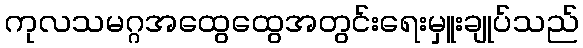
ကုလသမဂ္ဂအထွေထွေအတွင်းရေးမှူးချုပ်သည်